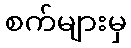
စက်များမှ